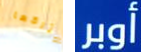
يتركها أوبر